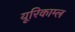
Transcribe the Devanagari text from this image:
यूरिकाम्ल